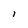
Character: l